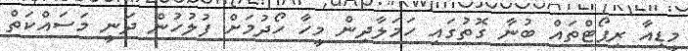
މީޑިއާ ރިޕޯޓްތައް ބުނާ ގޮތުގައި ހަމަލާދިން މީހާ ހޯދުމަށް ފުލުހުން ދަނީ މަސައްކަތް